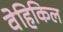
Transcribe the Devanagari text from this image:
वेहिकिल